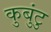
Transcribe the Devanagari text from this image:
कुबुंटु